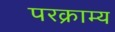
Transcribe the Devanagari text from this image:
परक्राम्‍य